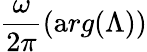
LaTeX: \frac{\omega}{2\pi}({\mathrm{a}rg}(\Lambda))